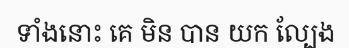
ទាំងនោះ គេ មិន បាន យក ល្បែង